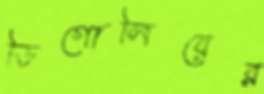
ডিগোলিয়ের